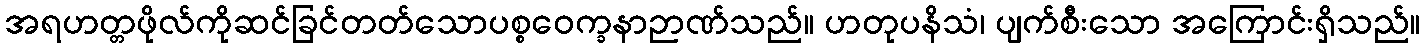
အရဟတ္တဖိုလ်ကိုဆင်ခြင်တတ်သောပစ္စဝေက္ခနာဉာဏ်သည်။ ဟတုပနိသံ၊ ပျက်စီးသော အကြောင်းရှိသည်။